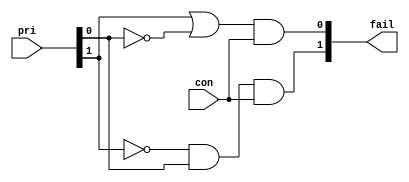
// readme:
// This can judge the allocation when it happens conflict.
// Input is the direction of each data package
// Output is a 3-bit signal indicates which package have transfered unsuccessfully

// parameter:
// clk(clock)
// rst_n((negatively effecitve))
// dout(the direction of each data package :00-NONE 01-X 10-Y 11-LOCAL)

// fail(100-X 010-Y 001-LOCAL)

// released:3/15/2022



module priority_cal(
    input [1:0] pri,
    input con, 
    output [1:0] fail
    );
    
    assign fail[1] = ((!pri[1]) && pri[0]) && con;
    assign fail[0] = (pri[1] || (!pri[0])) && con;

endmodule

module priority_all(
    input [2:0] fail, 
    input clk, rst_n, control_clk,
    output reg [2:0] pri
    );
    wire one_suc;
    assign one_suc = fail[2] && fail[1] && fail[0];

    always @(posedge clk or negedge rst_n) begin
        if (rst_n) begin
            // reset
            pri <= 3'b000;
        end
        else if(!control_clk) begin
            pri[2] <= (pri[2] && one_suc) || fail[2];
            pri[1] <= (pri[1] && one_suc) || fail[1];
            pri[0] <= (pri[0] && one_suc) || fail[0];
        end
    end

endmodule

module conflict(
    input [1:0] m_dst, n_dst,
    output mn_con
    );

    assign mn_con = (m_dst[1] && !m_dst[0] && n_dst[1] && !n_dst[0]) || (m_dst[1] && m_dst[0] && n_dst[1] && n_dst[0]) || (!m_dst[1] && m_dst[0] && !n_dst[1] && n_dst[0]);

endmodule

module judge(
    input clk, rst_n, control_clk,
    input [1:0] dout_x, dout_y, dout_local,
    output [2:0] fail
    );

    // 2: x, 1: y, 0: z
    wire [2:0] pri;
    // 2: xy, 1: yz, 0: xz
    wire [2:0] fail_0, fail_1;
    wire [2:0] con;
    conflict ConXY(dout_x, dout_y, con[2]);
    conflict ConYZ(dout_y, dout_local, con[1]);
    conflict ConXZ(dout_x, dout_local, con[0]);
    priority_cal PCalXY(pri[2:1], con[2], {fail_0[2], fail_1[1]});
    priority_cal PCalYZ(pri[1:0], con[1], {fail_0[1], fail_1[0]});
    priority_cal PCalXZ({pri[2], pri[0]}, con[0], {fail_1[2], fail_0[0]});
    assign fail = fail_0 | fail_1;
    priority_all PAll(fail, clk, rst_n, control_clk, pri);

endmodule